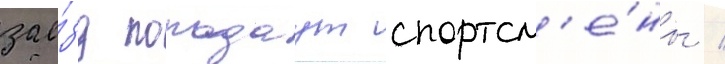
зае́зд попадаут спортсм'е́ны /